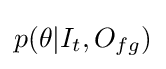
p(\theta |I_{t},O_{fg})